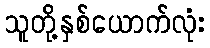
သူတို့နှစ်ယောက်လုံး